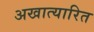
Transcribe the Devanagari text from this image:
अखात्यारित